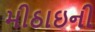
મીઠાઇની